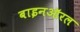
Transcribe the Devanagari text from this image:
बाइनऑरल